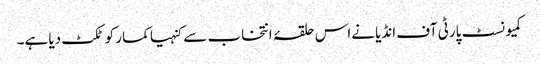
کمیونسٹ پارٹی آف انڈیا نےاس حلقۂ انتخاب سے کنہیا کمار کو ٹکٹ دیا ہے۔